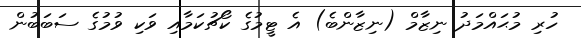
ހުރި މުޙައްމަދު ނިޒާމް (ނިޒާންބެ) އެ ޓީމުގެ ކޯޗުކަމާއި ވަކި ވުމުގެ ސަބަބުން